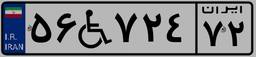
۵۶W۷۲۴۷۲